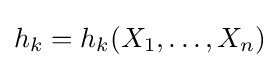
h_{k}=h_{k}(X_{1},\dots ,X_{n})